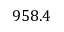
9 5 8 . 4